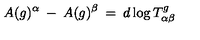
A ( g ) ^ { \alpha } \: - \: A ( g ) ^ { \beta } \: = \: d \log T _ { \alpha \beta } ^ { g }